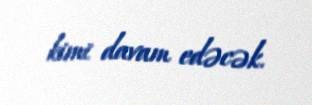
kimi davam edəcək.